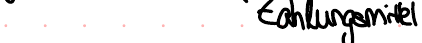
Zahlungsmittel